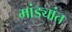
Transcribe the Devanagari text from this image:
मांड्यांत